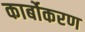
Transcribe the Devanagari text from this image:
कार्बोकरण